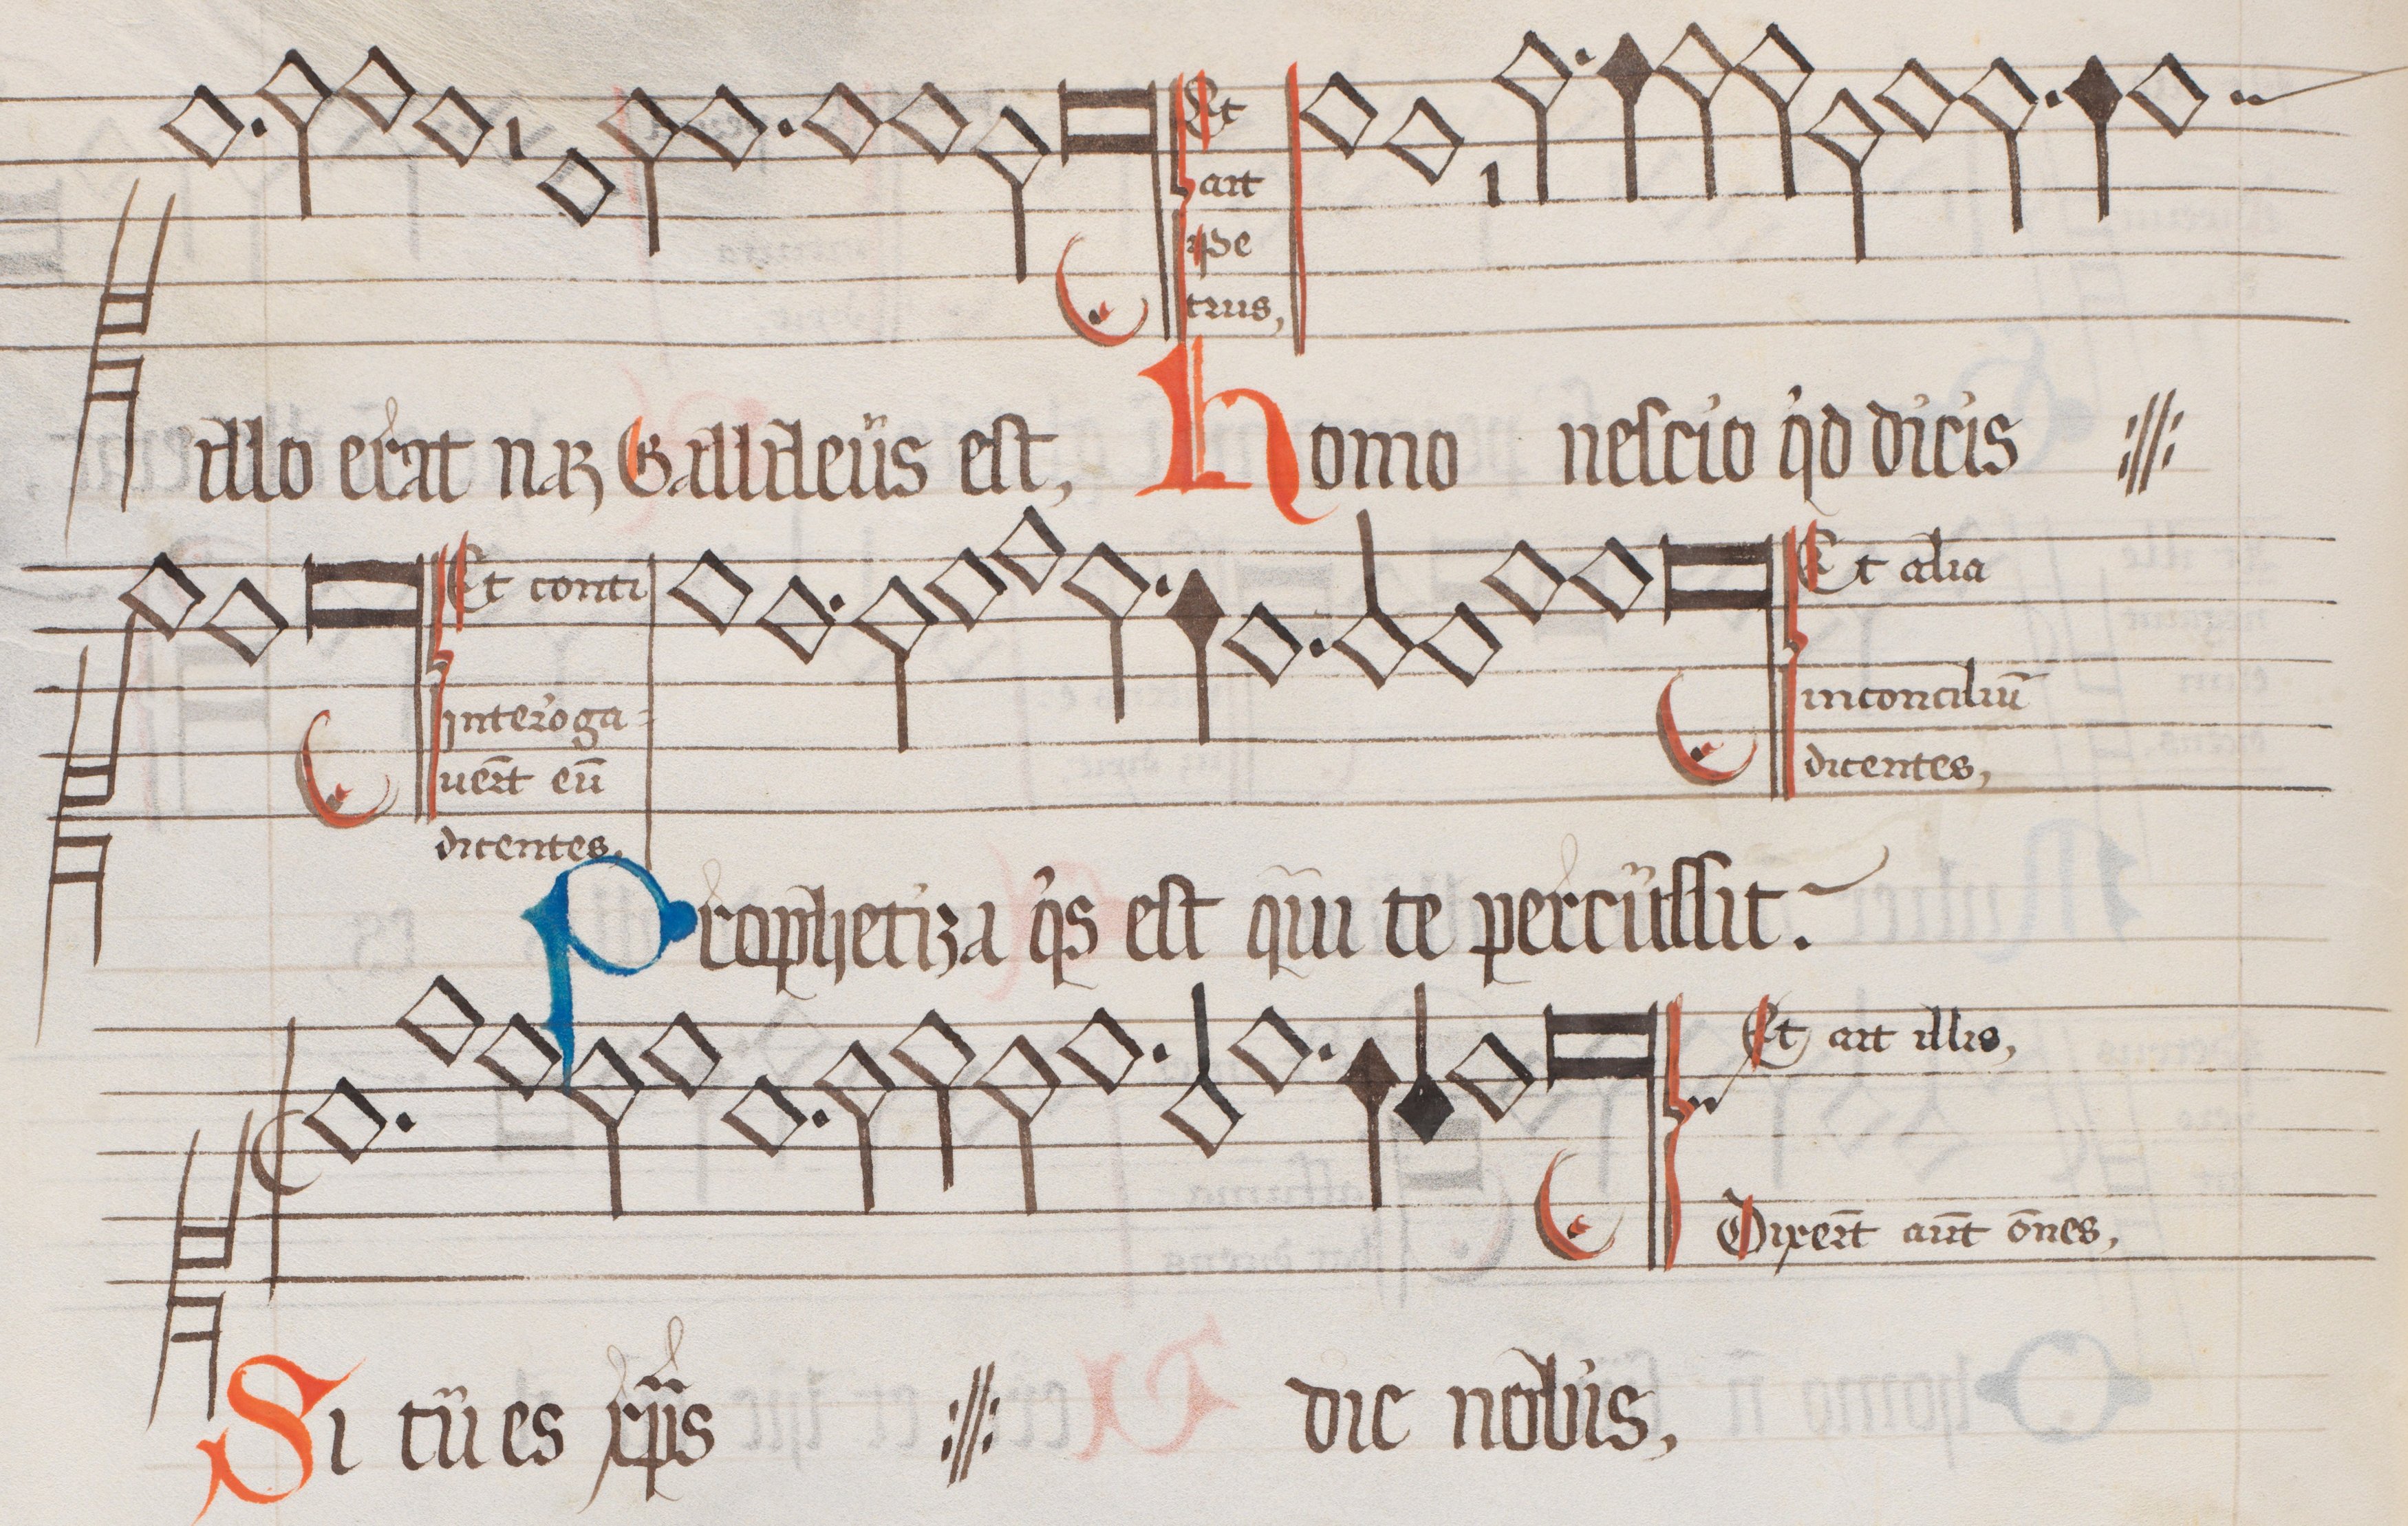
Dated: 1562–1564